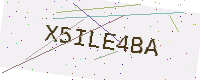
Text: X5ILE4BA